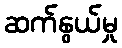
ဆက်နွယ်မှု